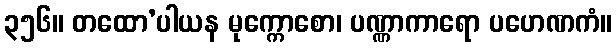
၃၅၆။ တထော’ပါယန မုက္ကောစော၊ ပဏ္ဏာကာရော ပဟေဏကံ။